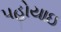
પહોયાઇ